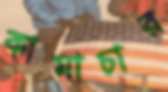
কামাচার